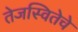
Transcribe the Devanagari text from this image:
तेजस्वितेचे